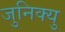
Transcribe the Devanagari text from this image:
जुनिक्यु